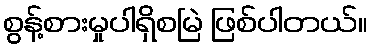
စွန့်စားမှုပါရှိစမြဲ ဖြစ်ပါတယ်။